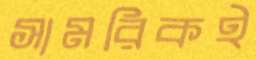
সামরিকই